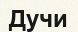
Дучи